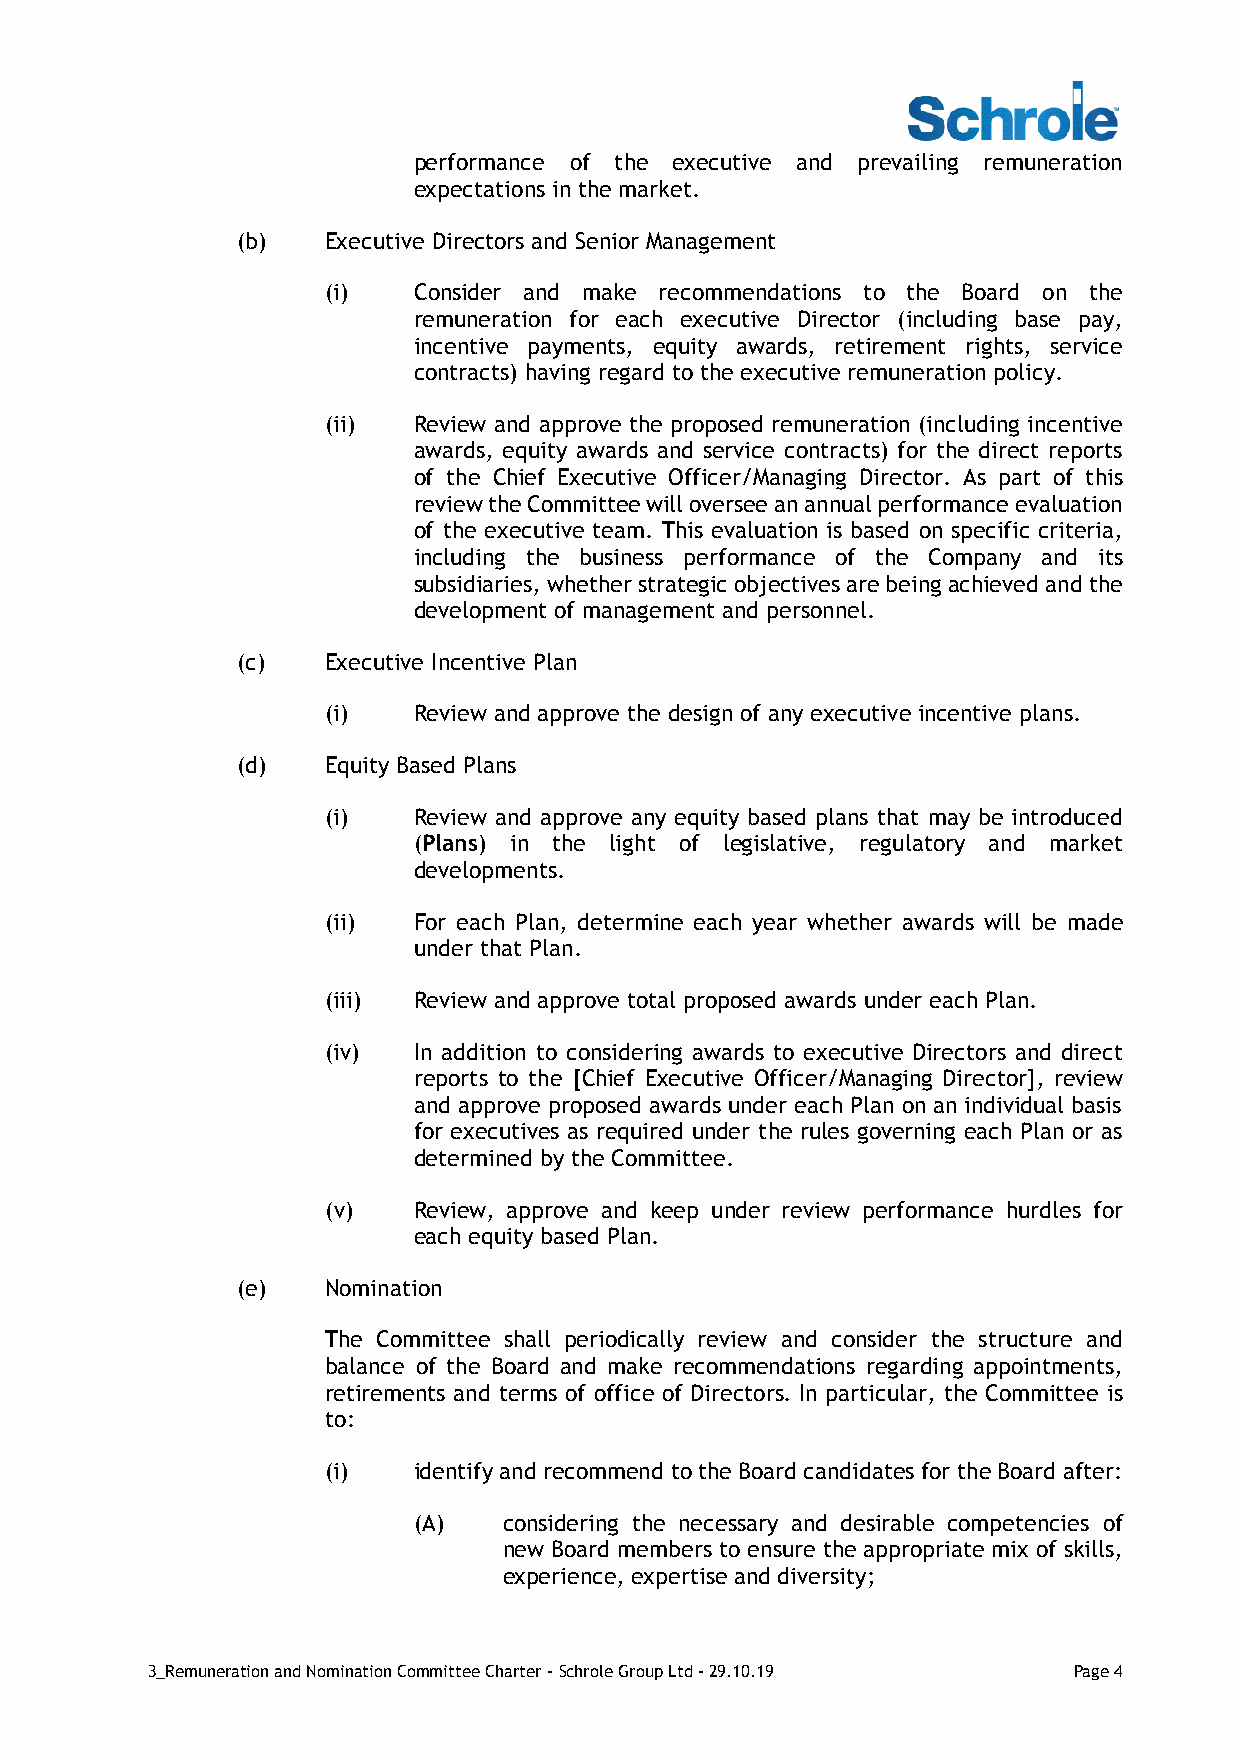
performance of the executive and prevailing remuneration
 expectations in the market.
 (b)   Executive Directors and Senior Management
 (i)  Consider and make recommendations to the Board on the
 remuneration for each executive Director (including base pay,
 incentive payments, equity awards, retirement rights, service
 contracts) having regard to the executive remuneration policy.
 (ii) Review and approve the proposed remuneration (including incentive
 awards, equity awards and service contracts) for the direct reports
 of the Chief Executive Officer/Managing Director. As part of this
 review the Committee will oversee an annual performance evaluation
 of the executive team. This evaluation is based on specific criteria,
 including the business performance of the Company and its
 subsidiaries, whether strategic objectives are being achieved and the
 development of management and personnel.
 (c)   Executive Incentive Plan
 (i)  Review and approve the design of any executive incentive plans.
 (d)   Equity Based Plans
 (i)  Review and approve any equity based plans that may be introduced
 (Plans) in the light of legislative, regulatory and market
 developments.
 (ii) For each Plan, determine each year whether awards will be made
 under that Plan.
 (iii) Review and approve total proposed awards under each Plan.
 (iv) In addition to considering awards to executive Directors and direct
 reports to the [Chief Executive Officer/Managing Director], review
 and approve proposed awards under each Plan on an individual basis
 for executives as required under the rules governing each Plan or as
 determined by the Committee.
 (v)  Review, approve and keep under review performance hurdles for
 each equity based Plan.
 (e)   Nomination
 The Committee shall periodically review and consider the structure and
 balance of the Board and make recommendations regarding appointments,
 retirements and terms of office of Directors. In particular, the Committee is
 to:
 (i)  identify and recommend to the Board candidates for the Board after:
 (A)   considering the necessary and desirable competencies of
 new Board members to ensure the appropriate mix of skills,
 experience, expertise and diversity;
 3_Remuneration and Nomination Committee Charter - Schrole Group Ltd - 29.10.19 Page 4